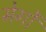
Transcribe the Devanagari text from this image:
मेर्गों